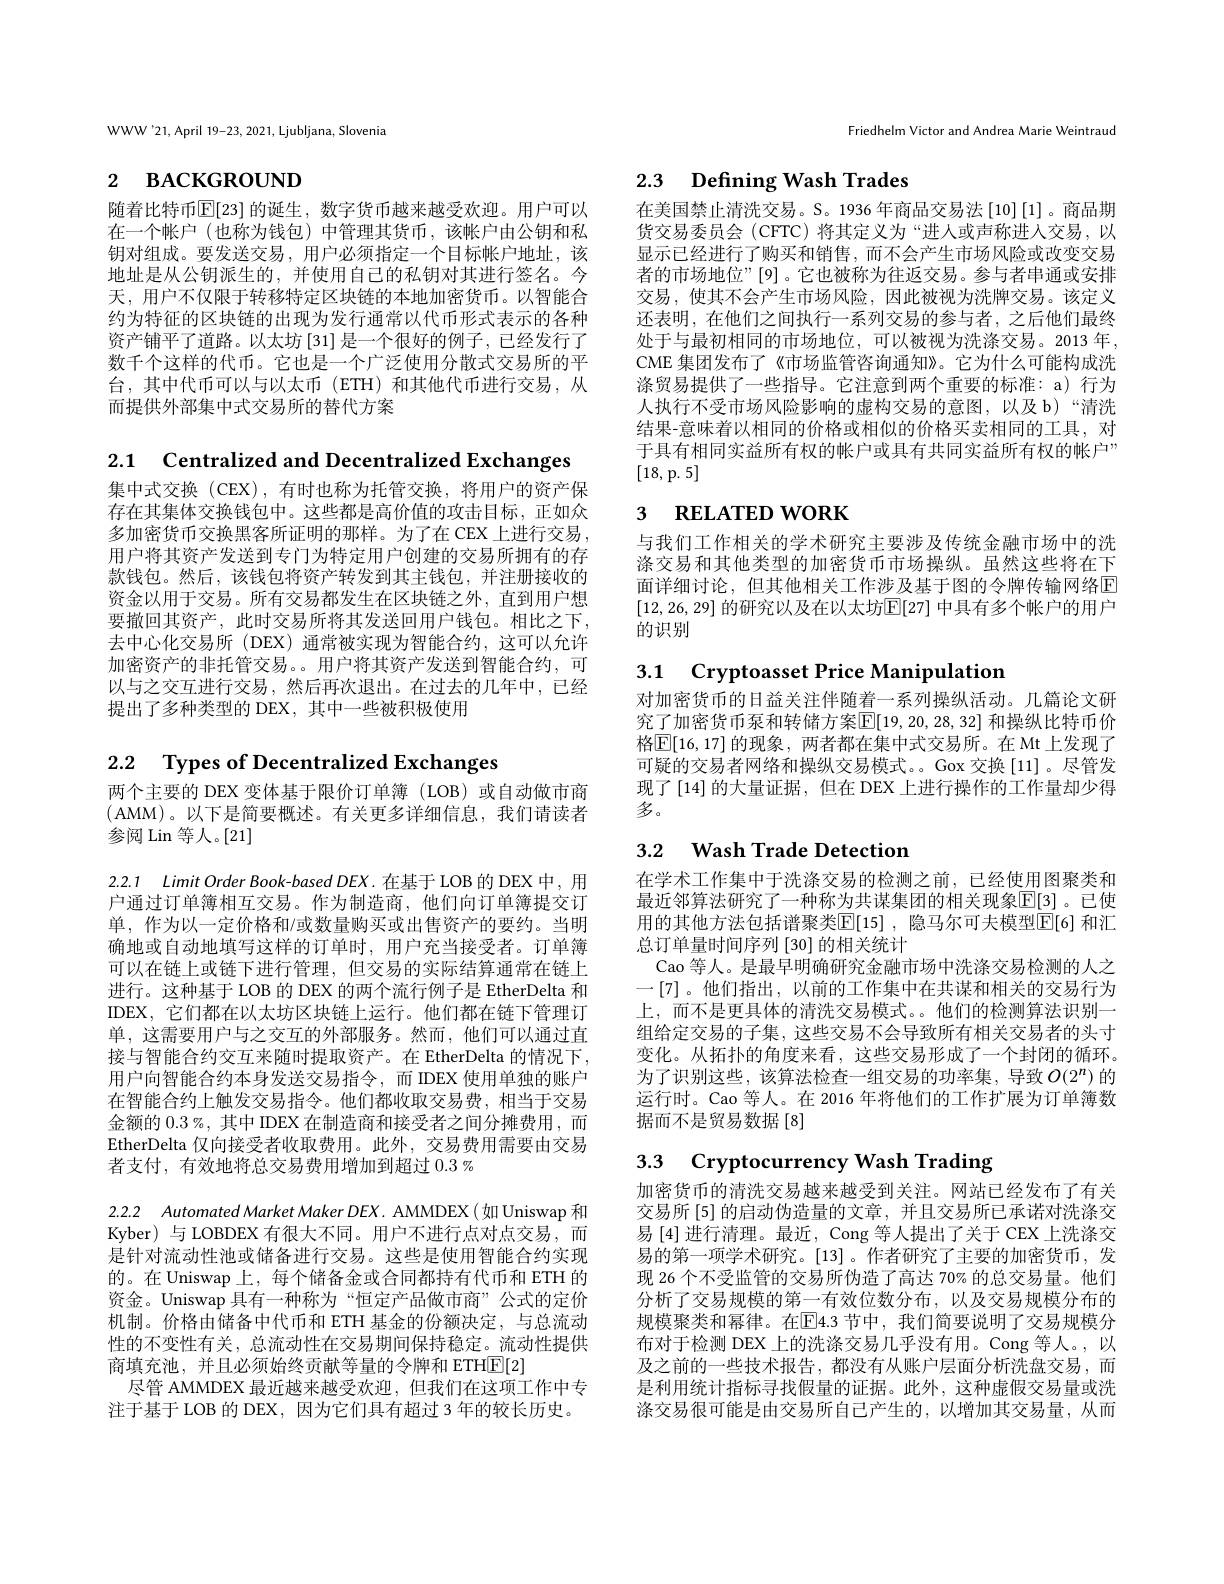
WWW'21,April 19-23, 2021, Ljubljana, Slovenia

# 2 васкєво$_\mathrm{OND}$

随着比特币$\mathbb{E}[23]$ 的诞生，数字货币越来越受欢迎。用户可以在一个帐户(也称为钱包)中管理其货币，该帐户由公钥和私钥对组成。要发送交易，用户必须指定一个目标帐户地址，该地址是从公钥派生的，并使用自己的私钥对其进行签名。今天，用户不仅限于转移特定区块链的本地加密货币。以智能合约为特征的区块链的出现为发行通常以代币形式表示的各种资产铺平了道路。以太坊[31]是一个很好的例子，已经发行了数千个这样的代币。它也是一个广泛使用分散式交易所的平台，其中代币可以与以太币(ETH)和其他代币进行交易，从而提供外部集中式交易所的替代方案

2.1 Centralized and Decentralized Exchanges

集中式交换 (CEX),有时也称为托管交换，将用户的资产保存在其集体交换钱包中。这些都是高价值的攻击目标，正如众多加密货币交换黑客所证明的那样。为了在 CEX 上进行交易， 用户将其资产发送到专门为特定用户创建的交易所拥有的存款钱包。然后，该钱包将资产转发到其主钱包，并注册接收的资金以用于交易。所有交易都发生在区块链之外，直到用户想要撤回其资产，此时交易所将其发送回用户钱包。相比之下， 去中心化交易所 (DEX) 通常被实现为智能合约，这可以允许加密资产的非托管交易。。用户将其资产发送到智能合约，可以与之交互进行交易，然后再次退出。在过去的几年中，已经提出了多种类型的 DEX, 其中一些被积极使用

2.2 $\textbf{Types of Decentralized Exchanges}$

两个主要的 DEX 变体基于限价订单簿 (LOB)或自动做市商(AMM)。以下是简要概述。有关更多详细信息，我们请读者参阅 Lin 等人。[21]

2.2.1 $LimitOrderBook- basedDEX. 在 基 于 LOB的 DEX中 , 用$ 户通过订单簿相互交易。作为制造商，他们向订单簿提交订单，作为以一定价格和/或数量购买或出售资产的要约。当明确地或自动地填写这样的订单时，用户充当接受者。订单簿可以在链上或链下进行管理，但交易的实际结算通常在链上进行。这种基于 LOB 的 DEX 的两个流行例子是 EtherDelta 和IDEX, 它们都在以太坊区块链上运行。他们都在链下管理订单，这需要用户与之交互的外部服务。然而，他们可以通过直接与智能合约交互来随时提取资产。在 EtherDelta 的情况下， 用户向智能合约本身发送交易指令，而 IDEX 使用单独的账户在智能合约上触发交易指令。他们都收取交易费，相当于交易金额的$0.3\%$,其中 IDEX 在制造商和接受者之间分摊费用，而EtherDelta 仅向接受者收取费用。此外，交易费用需要由交易者支付，有效地将总交易费用增加到超过$0.3\%$

2.2.2 Automated Market Maker DEX. AMMDEX( 如 Uniswap 和Kyber)与 LOBDEX 有很大不同。用户不进行点对点交易，而是针对流动性池或储备进行交易。这些是使用智能合约实现的。在 Uniswap 上，每个储备金或合同都持有代币和 ETH 的资金。Uniswap 具有一种称为“恒定产品做市商”公式的定价机制。价格由储备中代币和 ETH 基金的份额决定，与总流动性的不变性有关，总流动性在交易期间保持稳定。流动性提供商填充池，并且必须始终贡献等量的令牌和 ETH$\boxed{\mathbb{F}}[2]$
尽管 AMMDEX 最近越来越受欢迎，但我们在这项工作中专
注于基于 LOB 的 DEX, 因为它们具有超过 3 年的较长历史。

Friedhelm Victor and Andrea Marie Weintraud

# 2.3 Defining Wash Trades

在美国禁止清洗交易。S。1936 年商品交易法$\left[10\right]\left[1\right]$。商品期货交易委员会(CFTC)将其定义为“进入或声称进入交易，以显示已经进行了购买和销售，而不会产生市场风险或改变交易者的市场地位”[9]。它也被称为往返交易。参与者串通或安排交易，使其不会产生市场风险，因此被视为洗牌交易。该定义还表明，在他们之间执行一系列交易的参与者，之后他们最终处于与最初相同的市场地位，可以被视为洗涤交易。2013 年CME 集团发布了《市场监管咨询通知》。它为什么可能构成洗涤贸易提供了一些指导。它注意到两个重要的标准：a) 行为人执行不受市场风险影响的虚构交易的意图，以及 b)“清洗结果-意味着以相同的价格或相似的价格买卖相同的工具，对于具有相同实益所有权的帐户或具有共同实益所有权的帐户” [18,p.5]

# 3 RELATED WORK

与我们工作相关的学术研究主要涉及传统金融市场中的洗涤交易和其他类型的加密货币市场操纵。虽然这些将在下面详细讨论，但其他相关工作涉及基于图的令牌传输网络$\overline{\mathrm{E}}$ [12,26,29] 的研究以及在以太坊$\mathbb{E}[27]$ 中具有多个帐户的用户的识别

# 3.1 Cryptoasset Price Manipulation

对加密货币的日益关注伴随着一系列操纵活动。几篇论文研究了加密货币泵和转储方案$\overline{\mathbb{E}}[19,20,28,32]$ 和操纵比特币价格$\overline{\mathbb{E}}[16,17]$ 的现象，两者都在集中式交易所。在 Mt 上发现了可疑的交易者网络和操纵交易模式。。Gox 交换[11]。尽管发现了[14]的大量证据，但在 DEX 上进行操作的工作量却少得多。

# 3.2 $\textbf{Wash Trade Detection}$

在学术工作集中于洗涤交易的检测之前，已经使用图聚类和最近邻算法研究了一种称为共谋集团的相关现象$\mathbb{E}[3]$ 。已使用的其他方法包括谱聚类$\mathbb{E}[15]$, 隐马尔可夫模型$\mathbb{E}[6]$ 和汇总订单量时间序列[30]的相关统计
Cao 等人。是最早明确研究金融市场中洗涤交易检测的人之一[7]。他们指出，以前的工作集中在共谋和相关的交易行为上，而不是更具体的清洗交易模式。。他们的检测算法识别一组给定交易的子集，这些交易不会导致所有相关交易者的头寸变化。从拓扑的角度来看，这些交易形成了一个封闭的循环。为了识别这些，该算法检查一组交易的功率集，导致$O(2^n)$ 的运行时。Cao 等人。在 2016 年将他们的工作扩展为订单簿数据而不是贸易数据[8]

3.3 Cryptocurrency Wash Trading

加密货币的清洗交易越来越受到关注。网站已经发布了有关交易所 [5] 的启动伪造量的文章，并且交易所已承诺对洗涤交易 [4] 进行清理。最近，Cong 等人提出了关于 CEX 上洗涤交易的第一项学术研究。[13]。作者研究了主要的加密货币，发现 26 个不受监管的交易所伪造了高达 70% 的总交易量。他们分析了交易规模的第一有效位数分布，以及交易规模分布的规模聚类和幂律。在$\overline{\mathrm{E}}$4.3 节中，我们简要说明了交易规模分布对于检测 DEX 上的洗涤交易几乎没有用。Cong 等人。,以及之前的一些技术报告，都没有从账户层面分析洗盘交易，而是利用统计指标寻找假量的证据。此外，这种虚假交易量或洗涤交易很可能是由交易所自己产生的，以增加其交易量，从而